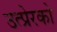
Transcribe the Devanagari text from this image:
उत्प्रेरको